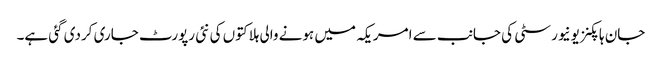
جان ہاپکنز یونیورسٹی کی جانب سے امریکہ میں ہونے والی ہلاکتوں کی نئی رپورٹ جاری کردی گئی ہے۔